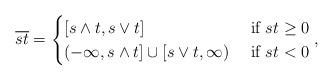
LaTeX: \begin{align*}\overline{st} =\begin{cases} [s\wedge t, s\vee t] &\mbox{ if } st\ge 0\\(-\infty,s\wedge t]\cup [s\vee t,\infty) &\mbox{ if } st< 0\end{cases},\end{align*}